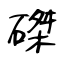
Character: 磔